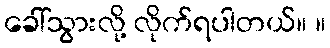
ခေါ်သွားလို့ လိုက်ရပါတယ်။ ။